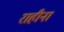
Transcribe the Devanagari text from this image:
राहीना